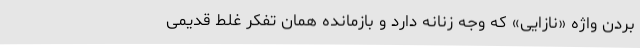
بردن واژه «نازایی» که وجه زنانه دارد و بازمانده همان تفکر غلط قدیمی